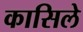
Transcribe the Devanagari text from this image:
कासिले